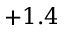
+ 1 . 4